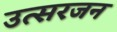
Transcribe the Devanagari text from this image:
उत्सरजन